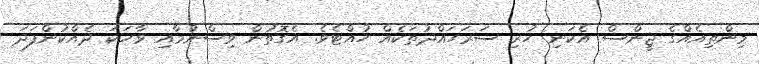
މިންތިއެއްގެ ޖީންސް އެކަނި ހުރި ސަރަހައްދުތަކެއް ހުއްޓެވެ. އެގޮތުން ވިސްނުމާއި ވާހަކަ ދެއްކުންފަދަ